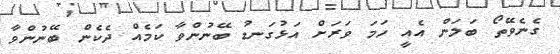
ގެނެވޭތޯ ބަލަން އެއީ ހަމަ ވަރަށް އަޅުގަނޑު ބޭނުންވާ ކަމެއް ދެކެން ބޭނުންވާ